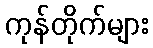
ကုန်တိုက်များ